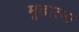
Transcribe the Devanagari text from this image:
मूढात्मा